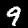
Digit: 9